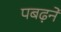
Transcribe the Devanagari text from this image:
पबढ़ने